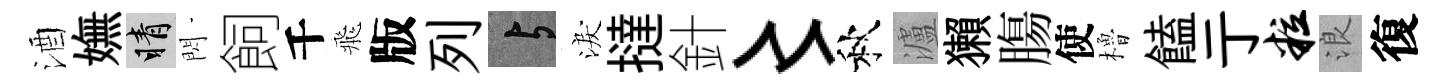
酒嫵睛閃飼千飛版列与淚撻針〻秋瀘獺膓使櫓饁亍粒浪復